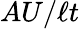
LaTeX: AU/\ell t